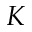
K